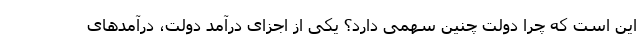
این است که چرا دولت چنین سهمی دارد؟ یکی از اجزای درآمد دولت، درآمدهای